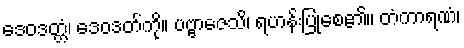
ဒေဝဒတ္တံ၊ ဒေဝဒတ်ကို။ ပဗ္ဗာဇေသိ၊ ရဟန်းပြုစေ၏။ တံကာရဏံ၊